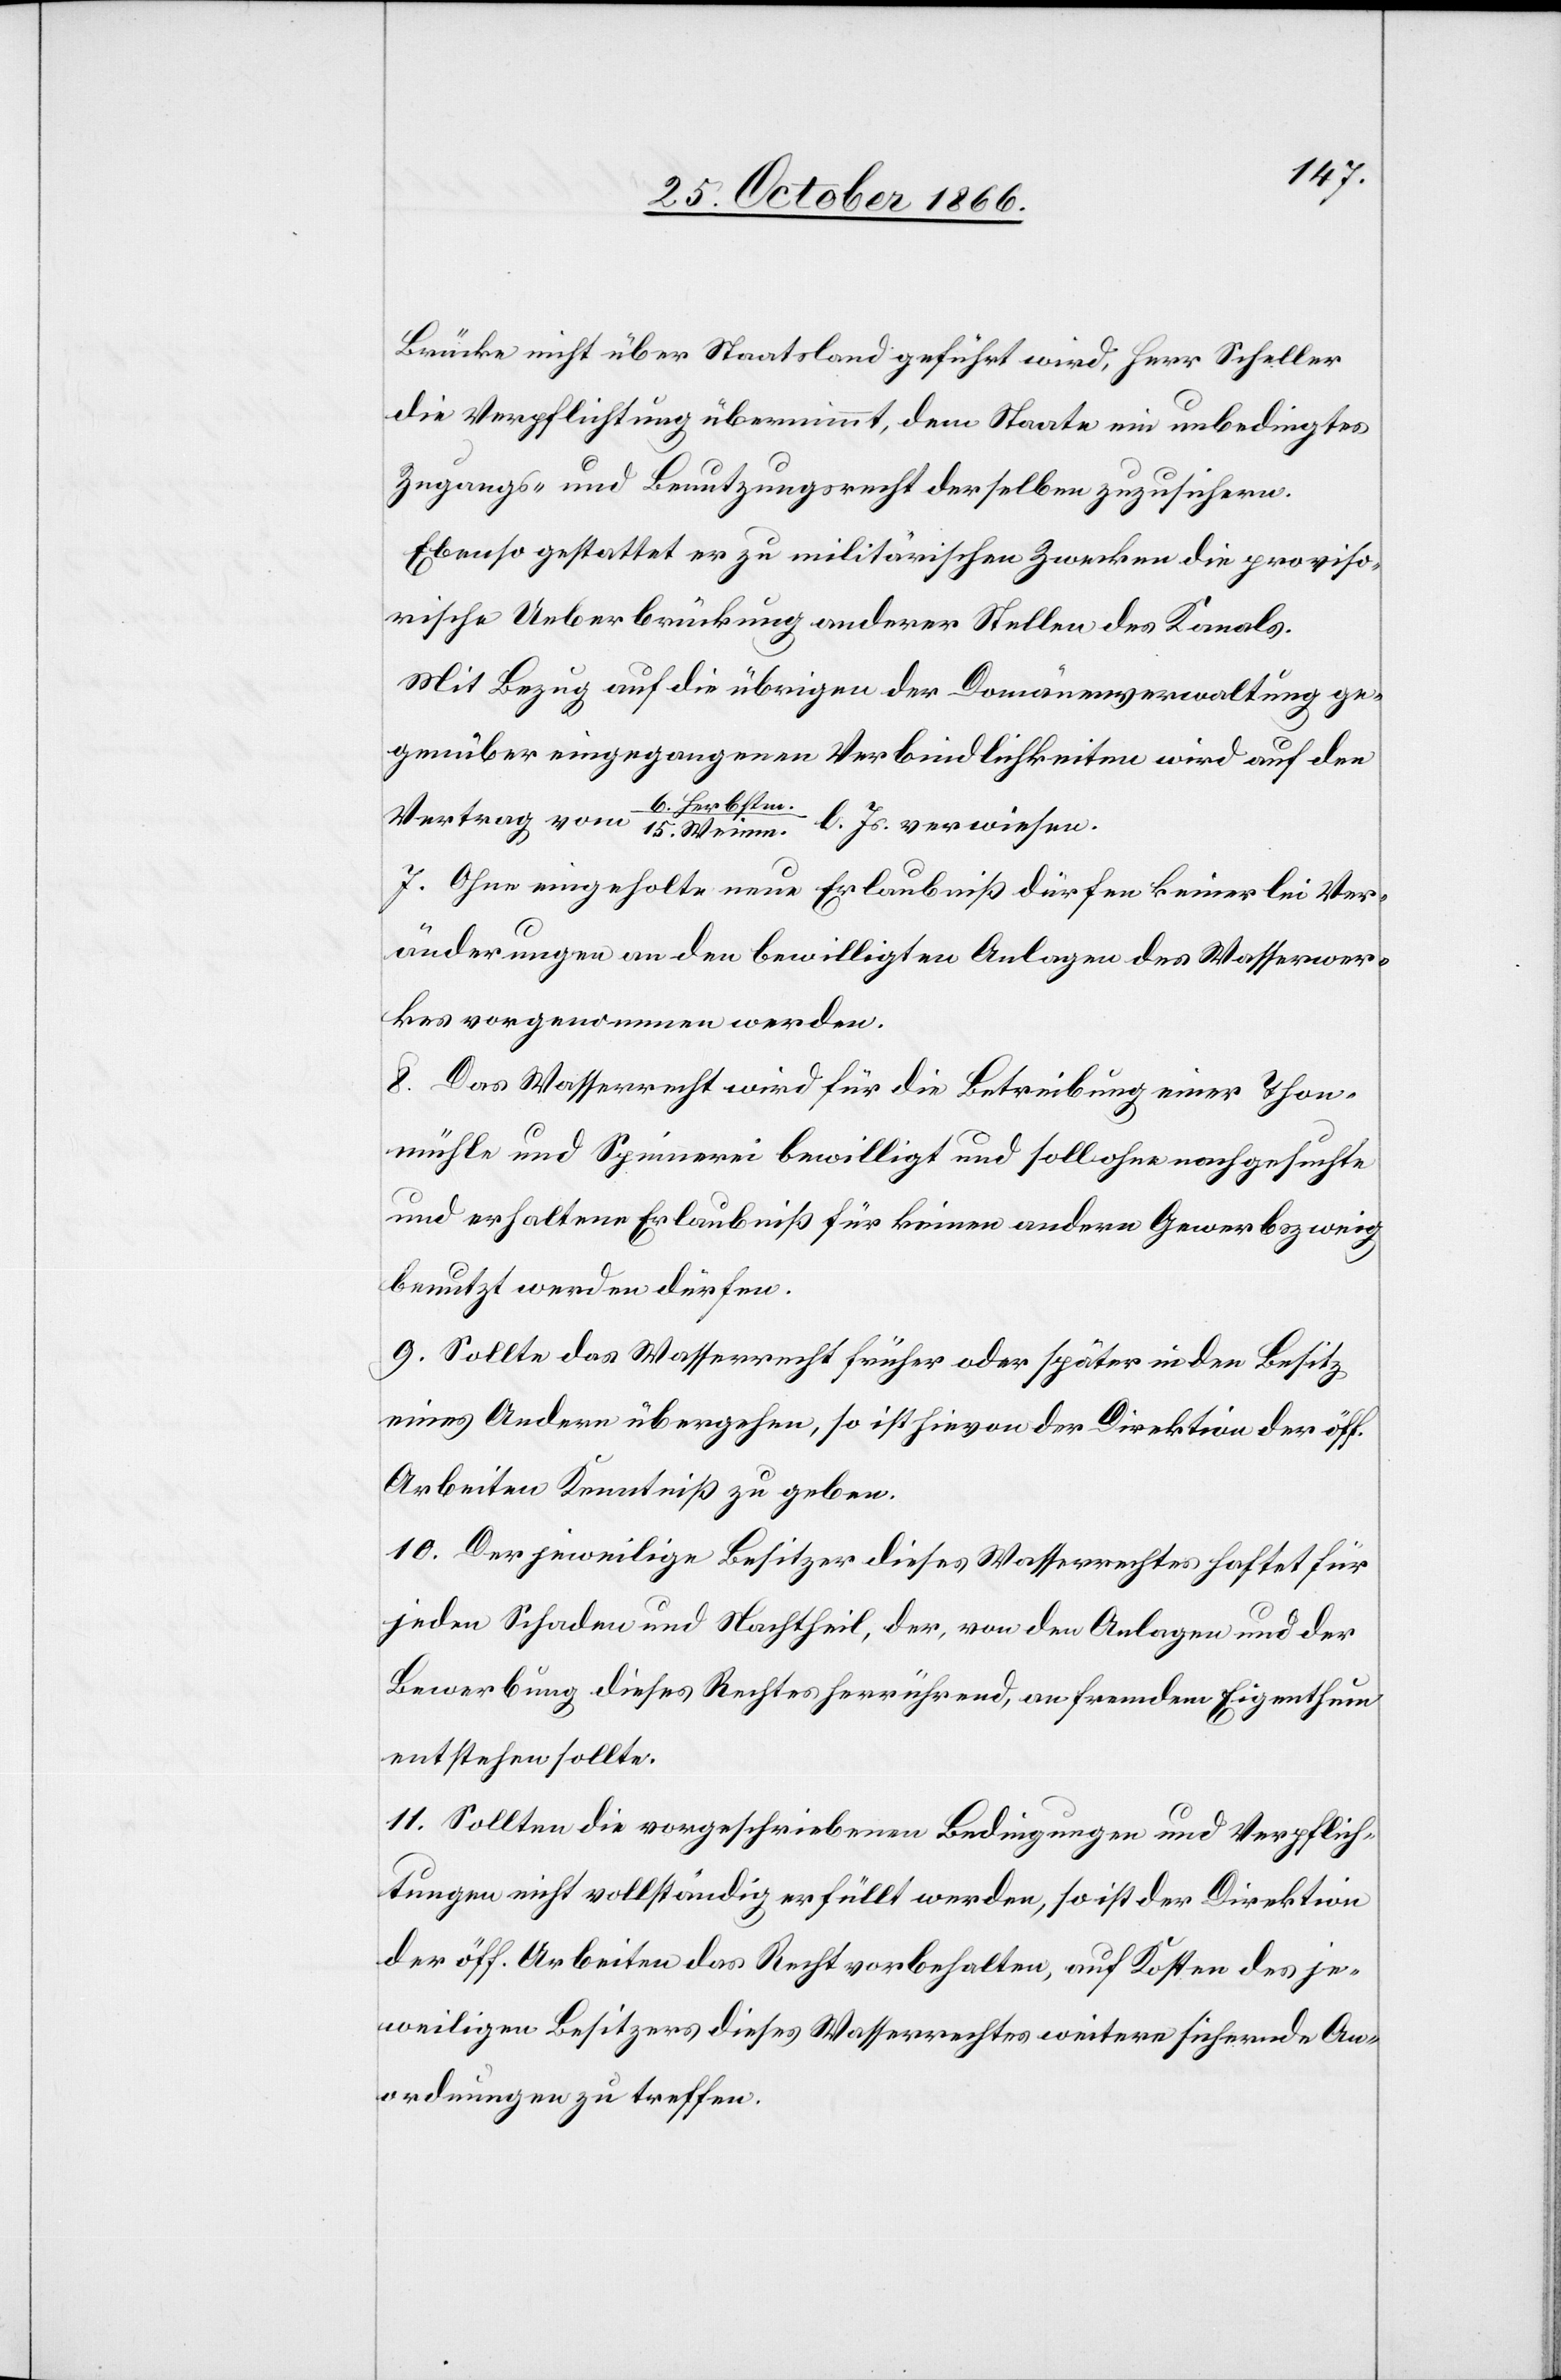
Brücke nicht über Staatsland geführt wird, Herr Scheller
die Verpflichtung übernimmt, dem Staate ein unbedingtes
Zugangs- und Benutzungsrecht derselben zuzusichern.
Ebenso gestattet er zu militärischen Zwecken die proviso¬
rische Ueberbrückung anderer Stellen des Kanals.
Mit Bezug auf die übrigen der Domänenverwaltung ge¬
genüber eingegangenen Verbindlichkeiten wird auf den
Weinm.
6.
l. Js.
7. Ohne eingeholte neue Erlaubniß dürfen keinerlei Ver¬
änderungen an den bewilligten Anlagen des Wasserwer¬
kes vorgenommen werden.
8. Das Wasserrecht wird für die Betreibung einer Thon¬
mühle und Spinnerei bewilligt und soll ohne nachgesuchte
und erhaltene Erlaubniß für keinen andern Gewerbszweig
benutzt werden dürfen.
9. Sollte das Wasserrecht früher oder später in den Besitz
eines Andern übergehen, so ist hievon der Direktion der öff.
Arbeiten Kenntniß zu geben.
10. Der jeweilige Besitzer dieses Wasserrechtes haftet für
jeden Schaden und Nachtheil, der, von den Anlagen und der
Bewerbung dieses Rechtes herrührend, an fremdem Eigenthum
entstehen sollte.
11. Sollten die vorgeschriebenen Bedingungen und Verpflich¬
tungen nicht vollständig erfüllt werden, so ist der Direktion
der öff. Arbeiten das Recht vorbehalten, auf Kosten des je¬
weiligen Besitzers dieses Wasserrechtes weitere sichernde An¬
ordnungen zu treffen.